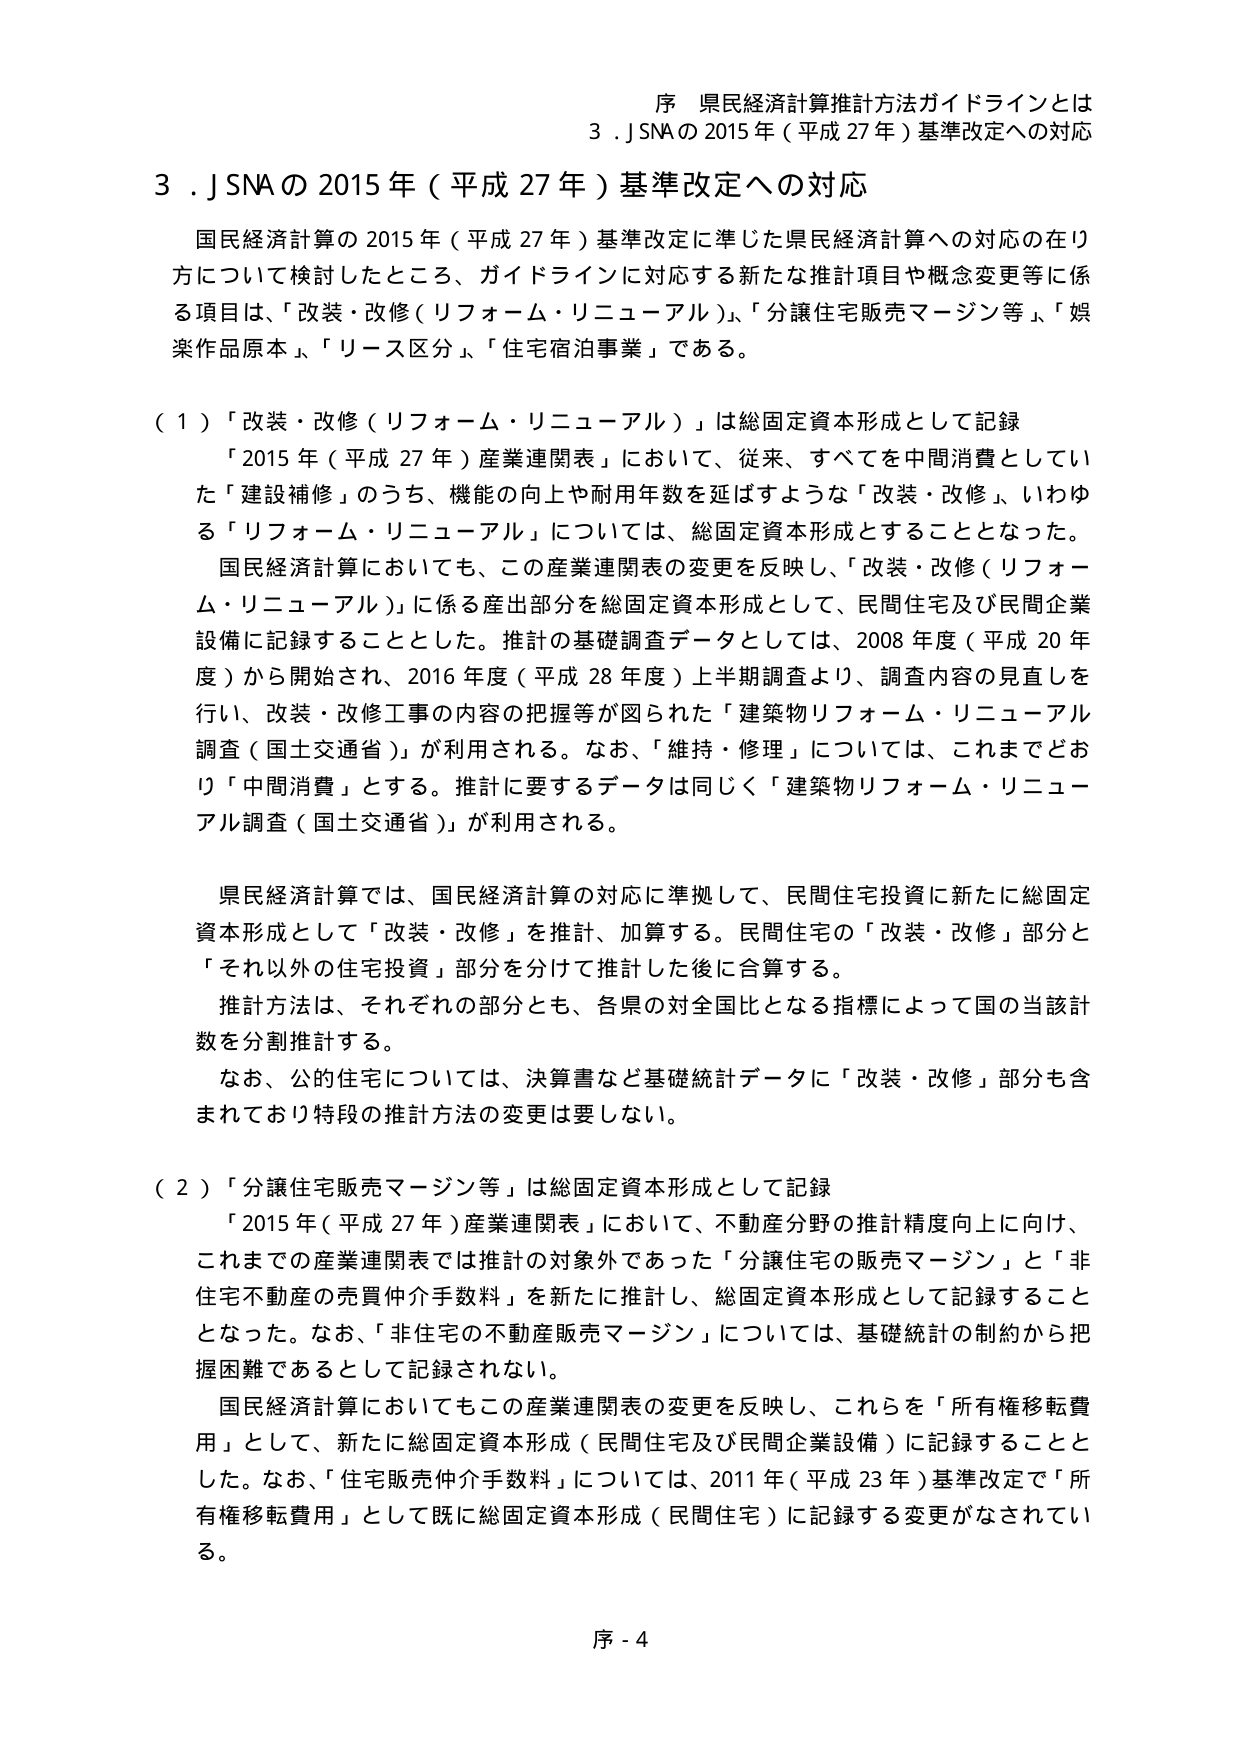
序 県民経済計算推計方法ガイドラインとは
3．J SNAの2015年（平成27年）基準改定への対応

3．J SNAの2015年（平成27年）基準改定への対応
国民経済計算の2015年（平成27年）基準改定に準じた県民経済計算への対応の在り方について検討したところ、ガイドラインに対応する新たな推計項目や概念変更等に係る項目は、「改装・改修（リフォーム・リニューアル）」、「分譲住宅販売マージン等」、「娯楽作品原本」、「リース区分」、「住宅宿泊事業」である。

（１）「改装・改修（リフォーム・リニューアル）」は総固定資本形成として記録
「2015年（平成27年）産業連関表」において、従来、すべてを中間消費としていた「建設補修」のうち、機能の向上や耐用年数を延ばすような「改装・改修」、いわゆる「リフォーム・リニューアル」については、総固定資本形成とすることとなった。
国民経済計算においても、この産業連関表の変更を反映し、「改装・改修（リフォーム・リニューアル）」に係る産出部分を総固定資本形成として、民間住宅及び民間企業設備に記録することとした。推計の基礎調査データとしては、2008年度（平成20年度）から開始され、2016年度（平成28年度）上半期調査より、調査内容の見直しを行い、改装・改修工事の内容の把握等が図られた「建築物リフォーム・リニューアル調査（国土交通省）」が利用される。なお、「維持・修理」については、これまでどおり「中間消費」とする。推計に要するデータは同じく「建築物リフォーム・リニューアル調査（国土交通省）」が利用される。

県民経済計算では、国民経済計算の対応に準拠して、民間住宅投資に新たに総固定資本形成として「改装・改修」を推計、加算する。民間住宅の「改装・改修」部分と「それ以外の住宅投資」部分を分けて推計した後に合算する。
推計方法は、それぞれの部分とも、各県の対全国比となる指標によって国の当該計数を分割推計する。
なお、公的住宅については、決算書など基礎統計データに「改装・改修」部分も含まれており特段の推計方法の変更は要しない。

（２）「分譲住宅販売マージン等」は総固定資本形成として記録
「2015年（平成27年）産業連関表」において、不動産分野の推計精度向上に向け、これまでの産業連関表では推計の対象外であった「分譲住宅の販売マージン」と「非住宅不動産の売買仲介手数料」を新たに推計し、総固定資本形成として記録することとなった。なお、「非住宅の不動産販売マージン」については、基礎統計の制約から把握困難であるとして記録されない。
国民経済計算においてもこの産業連関表の変更を反映し、これらを「所有権移転費用」として、新たに総固定資本形成（民間住宅及び民間企業設備）に記録することとした。なお、「住宅販売仲介手数料」については、2011年（平成23年）基準改定で「所有権移転費用」として既に総固定資本形成（民間住宅）に記録する変更がなされている。

序 - 4